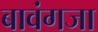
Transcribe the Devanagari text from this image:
बावंगजा